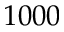
1 0 0 0